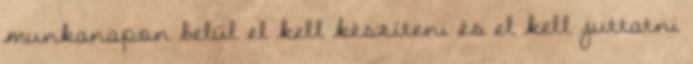
munkanapon belül el kell készíteni és el kell juttatni